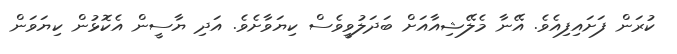
ކުރަން ފަށައިފިއެވެ. އޭނާ މެލޭޝިއާއަށް ބަދަލުވީވެސް ކިޔަވާށެވެ. އަދި ޔާސީން އެކޮޅުން ކިޔަވަން